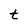
Character: t